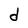
Character: d